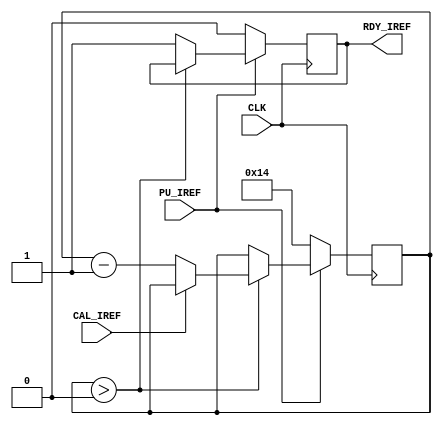
module IREF
  (
   input CLK,
   input CAL_IREF,
   input PU_IREF,
   output RDY_IREF
   );

   reg 	  RDY_IREF;
   reg [6:0] counter;

always @(posedge CLK) begin
    if (!PU_IREF) begin
       counter <= 20;
       RDY_IREF <= 0;
    end else if (counter > 0) begin
        if(CAL_IREF==0)begin
        counter <= counter - 1;
       end
    end else begin
        RDY_IREF <= 1;
    end
end
   
   
endmodule